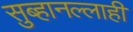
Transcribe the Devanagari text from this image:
सुब्हानल्लाही